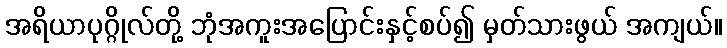
အရိယာပုဂ္ဂိုလ်တို့ ဘုံအကူးအပြောင်းနှင့်စပ်၍ မှတ်သားဖွယ် အကျယ်။